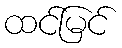
ထင်မြင်